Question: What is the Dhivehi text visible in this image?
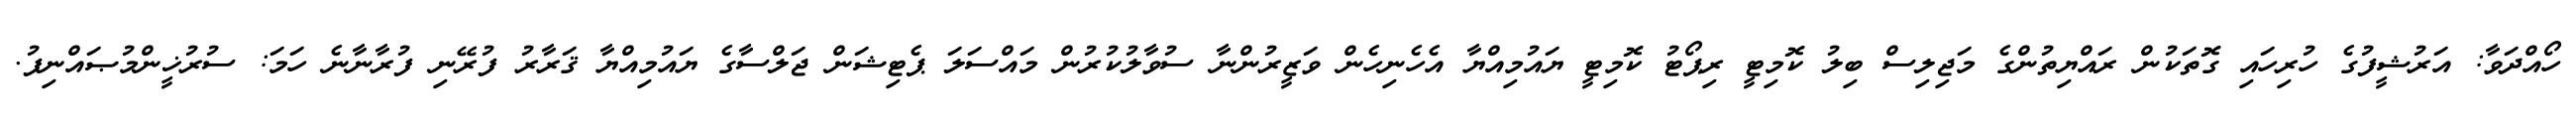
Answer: ހޯއްދަވާ: އަރުޝީފުގެ ހުރިހައި ގޮތަކުން ރައްޔިތުންގެ މަޖިލިސް ބިލު ކޮމިޓީ ރިޕޯޓު ކޮމިޓީ ޔައުމިއްޔާ އެހެނިހެން ވަޒީރުންނާ ސުވާލުކުރުން މައްސަލަ ޕެޓިޝަން ޖަލްސާގެ ޔައުމިއްޔާ ޤަރާރު ފުރޭނި ފުރާނާނެ ހަމަ: ސުރުޚީންމުޞައްނިފު.